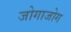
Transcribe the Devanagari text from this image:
जोगाजोग